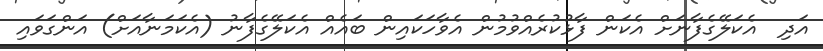
އަދި  އެކަލޭގެފާނަށް އެކަން ފާޅުކުރެއްވުމުން އެވާހަކައިން ބައެއް އެކަލޭގެފާނު (އެކަމަނާއަށް) އަންގަވައި